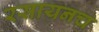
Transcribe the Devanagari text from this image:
रसायनच